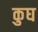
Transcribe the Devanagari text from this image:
कुघ